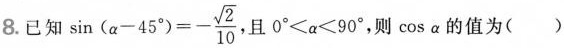
8. 已知 $$\sin ( \alpha -45^{ \circ })=- \frac{ \sqrt{2}}{10}$$ 且$$0^{\circ} < \alpha < 90^{\circ}$$，则cos \alpha的值为（）